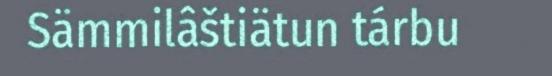
Sämmilâštiätun tárbu